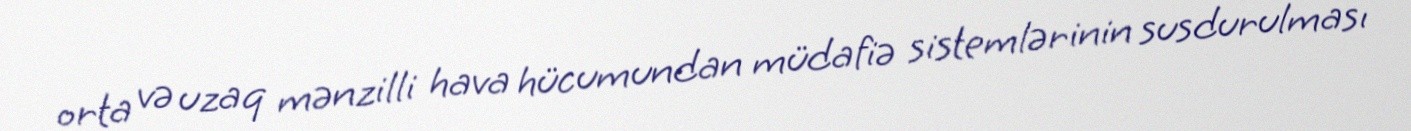
orta və uzaq mənzilli hava hücumundan müdafiə sistemlərinin susdurulması